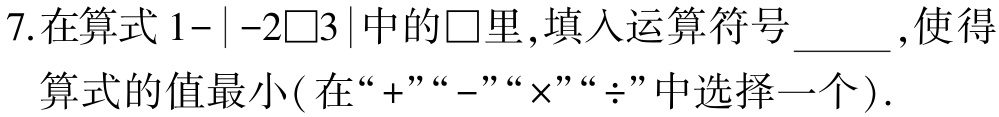
7.在算式$1-|-2\square3|$中的$\square$里,填入运算符号_____,使得算式的值最小(在“+”“-”“×”“÷”中选择一个).